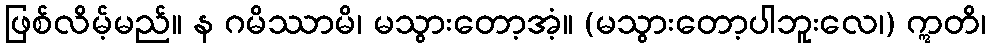
ဖြစ်လိမ့်မည်။ န ဂမိဿာမိ၊ မသွားတော့အံ့။ (မသွားတော့ပါဘူးလေ၊) ဣတိ၊